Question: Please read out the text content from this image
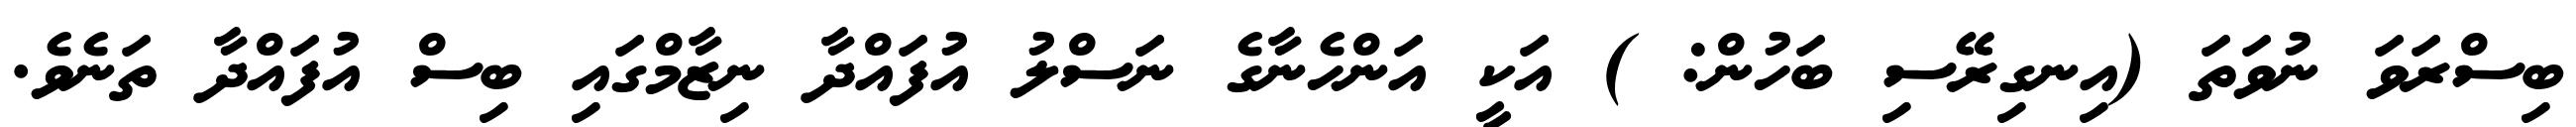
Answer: ބިސްރަވަ ނުވަތަ (އިނގިރޭސި ބަހުން: ) އަކީ އަންހެނާގެ ނަސްލު އުފައްދާ ނިޒާމްގައި ބިސް އުފައްދާ ތަނެވެ.